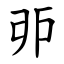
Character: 戼